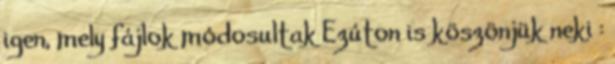
igen, mely fájlok módosultak Ezúton is köszönjük neki :